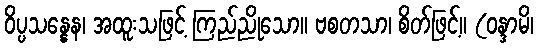
ဝိပ္ပသန္နေန၊ အထူးသဖြင့် ကြည်ညိုသော။ ဗစတသာ၊ စိတ်ဖြင့်။ (ဝန္ဒာမိ၊